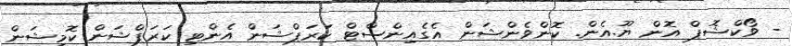
- ވޯކްޝޮޕް އޮން ޔޫ.އެން. ކޮންވެންޝަން އެގެއިންސްޓް ކަރަޕްޝަން އެންޓި ކަރަޕްޝަން ކޮމިޝަން